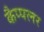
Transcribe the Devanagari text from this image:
कैप्पलर